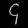
Digit: ၄